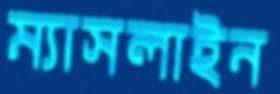
ম্যাসলাইন